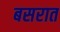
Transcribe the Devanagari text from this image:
बसरात